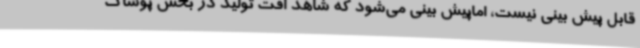
قابل پیش بینی نیست، اماپیش بینی می‌شود که شاهد افت تولید در بخش پوشاک